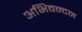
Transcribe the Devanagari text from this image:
अभिवन्दन